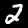
Digit: 2